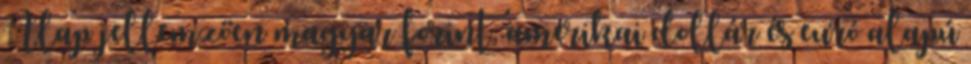
Alap jellemzően magyar forint, amerikai dollár és euró alapú